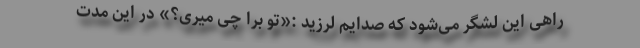
راهی این لشگر می‌شود که صدایم لرزید :«تو برا چی میری؟» در این مدت